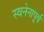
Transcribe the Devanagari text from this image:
स्वनेनापूर्य